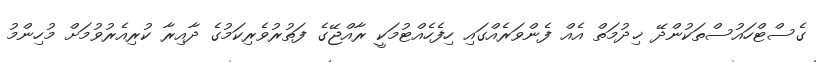
ގެސްޓްހައުސްތަކުންދޭ ޚިދުމަތް އެއް ފެންވަރެއްގައި ހިފެހެއްޓުމަކީ ރާއްޖޭގެ ފަތުރުވެރިކަމުގެ ދާއިރާ ކުރިއެރުވުމަށް މުހިންމު